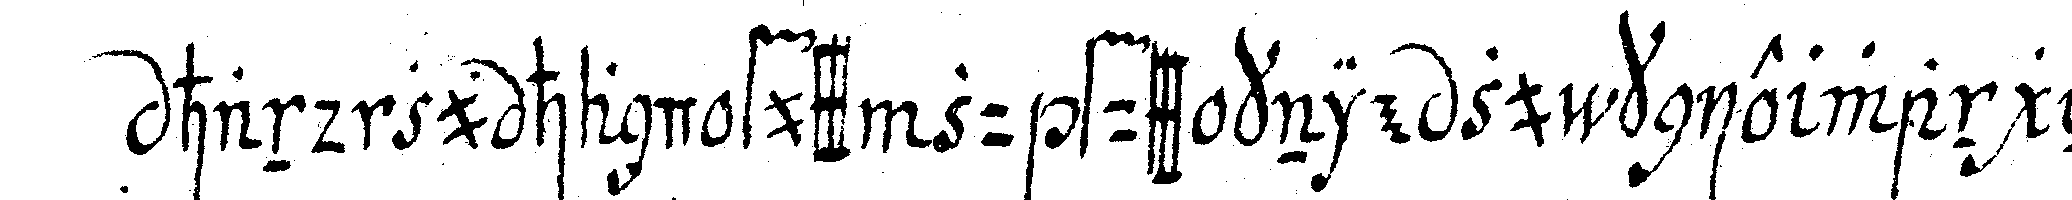
hand zu hand fuss zu fuss knie zu knie wangeN